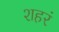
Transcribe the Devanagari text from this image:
शहरं